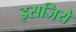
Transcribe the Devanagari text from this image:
इसजिये